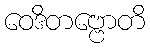
ဝေဒိတဗ္ဗောတိ